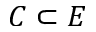
C \subset E